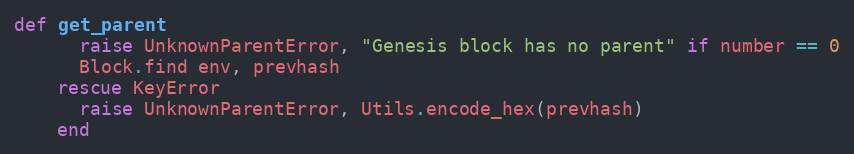
Language: Ruby
def get_parent
      raise UnknownParentError, "Genesis block has no parent" if number == 0
      Block.find env, prevhash
    rescue KeyError
      raise UnknownParentError, Utils.encode_hex(prevhash)
    end